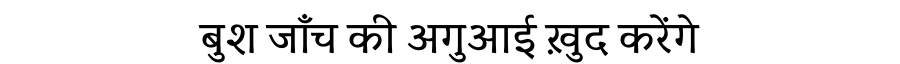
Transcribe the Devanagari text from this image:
बुश जाँच की अगुआई ख़ुद करेंगे